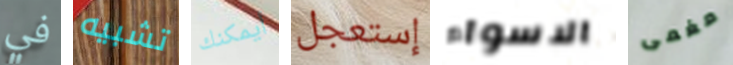
في تشبيه أيمكنك إستعجل الاسواء مغمى